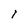
Character: l